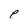
Character: p